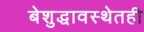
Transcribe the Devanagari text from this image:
बेशुद्धावस्थेतही